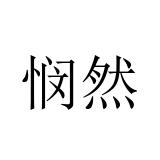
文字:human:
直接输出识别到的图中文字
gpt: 悯然